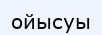
ойысуы